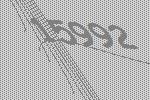
15992